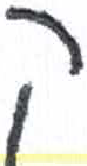
אות: ק